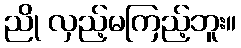
ညို လှည့်မကြည့်ဘူး။